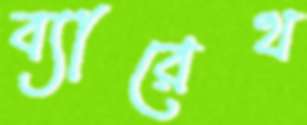
ব্যারেথ